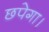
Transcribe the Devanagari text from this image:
छपेगा।